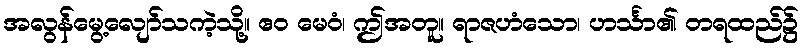
အလွန်မွေ့လျော်သကဲ့သို့။ ဧဝ မေဝံ၊ ဤအတူ။ ရာဇဟံသော၊ ဟင်္သာ၏ တရထည်၌